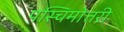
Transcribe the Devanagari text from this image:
पस्चिमोत्तरी